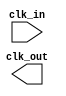
module clk_divider_1600_to_150 (
	input  clk_in,
	output  clk_out);

	//Wire define for this module.

	//Wire define for sub module.

	//Wire sub module connect to this module and inter module connect.

	//Wire this module connect to sub module.

	//module inst.

endmodule